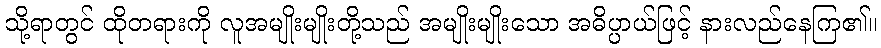
သို့ရာတွင် ထိုတရားကို လူအမျိုးမျိုးတို့သည် အမျိုးမျိုးသော အဓိပ္ပာယ်ဖြင့် နားလည်နေကြ၏။